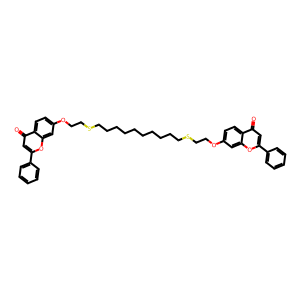
SMILES: O=c1cc(-c2ccccc2)oc2cc(OCCSCCCCCCCCCCSCCOc3ccc4c(=O)cc(-c5ccccc5)oc4c3)ccc12
Inhibits HIV replication: No